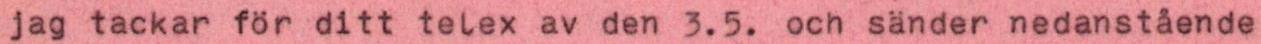
jag tackar för ditt telex av den 3.5. och sänder nedanstående